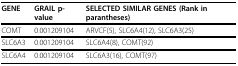
| GENE | GRAIL p-value | SELECTED SIMILAR GENES (Rank in parantheses) |
 | --- | --- | --- |
 | COMT | 0.001209104 | ARVCF(5), SLC6A4(12), SLC6A3(25) |
 | SLC6A3 | 0.001209104 | SLC6A4(8), COMT(92) |
 | SLC6A4 | 0.001209104 | SLC6A3(16), COMT(97) |